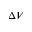
\Delta V